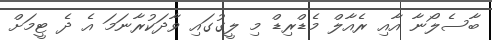
ބާސެލޯނާ އާއި ރެއާލް މެޑްރިޑް މި ލީގުގައި ވާދަކުރާނަމަ އެ ދެ ޓީމަށް